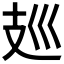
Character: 𰕀